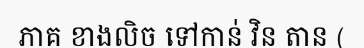
ភាគ ខាងលិច ទៅកាន់ វិន តាន (